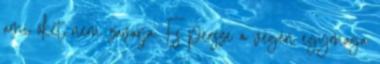
ami őket nem zavarja. És persze a végén egymaga